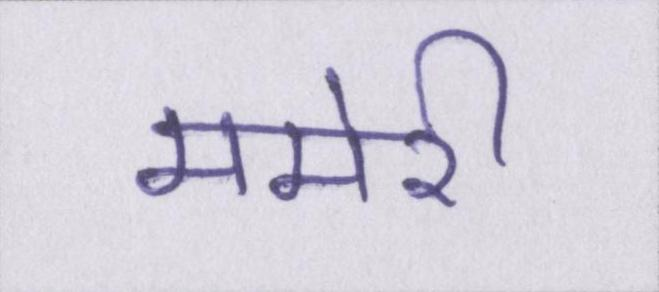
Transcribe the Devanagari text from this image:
ममेरी